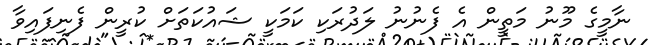
ނާމީގެ މޫނު މަތީން އެ ފެނުނު ލަދުރަކި ކަމަކީ ޝައުކަތަށް ކުރީން ފެނިފައިވާ